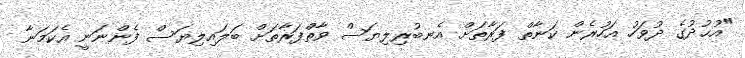
"އުޙުދުގެ ދުވަހު އަހުރެން ކަނާތް ފަރާތަށް އެނބުރިލިޔަސް ވާތްފަރާތަށް ބަލައިލިޔަސް ފެންނަނީ އެކަމަނާ